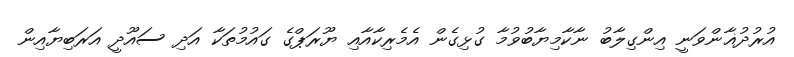
އުރުދުޣާންވަނީ އިންގިލާބު ނާކާމިޔާބުވުމާ ގުޅިގެން އެމެރިކާއާއި ޔޫރަޕްގެ ގައުމުތަކާ އަދި ސައޫދީ އަރަބިޔާއިން